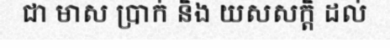
ជា មាស ប្រាក់ និង យសសក្តិ ដល់